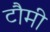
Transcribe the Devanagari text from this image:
टौमी